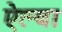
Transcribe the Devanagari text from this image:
ऐल्बा